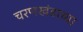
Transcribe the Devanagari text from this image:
चरणखंडाच्या